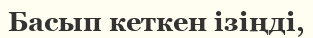
Басып кеткен ізіңді,